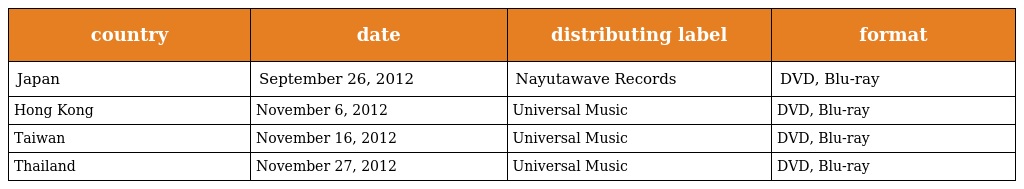
| country | date | distributing label | format |
 | --- | --- | --- | --- |
 | Japan | September 26, 2012 | Nayutawave Records | DVD, Blu-ray |
 | Hong Kong | November 6, 2012 | Universal Music | DVD, Blu-ray |
 | Taiwan | November 16, 2012 | Universal Music | DVD, Blu-ray |
 | Thailand | November 27, 2012 | Universal Music | DVD, Blu-ray |